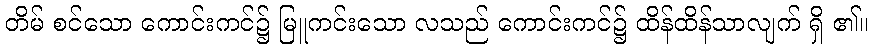
တိမ် စင်သော ကောင်းကင်၌ မြူကင်းသော လသည် ကောင်းကင်၌ ထိန်ထိန်သာလျက် ရှိ ၏။